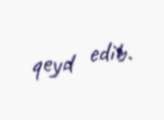
qeyd edib.